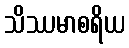
သိဿမာစရိယ